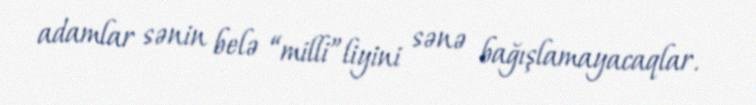
adamlar sənin belə “milli”liyini sənə bağışlamayacaqlar.